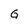
Character: G